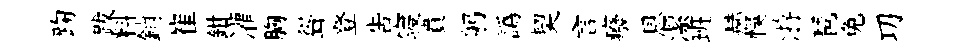
踘跋料銷崔鉗灌胸聳登告寝賁躬譌契言癈㤙潔班赫悞㳺琶免㓛